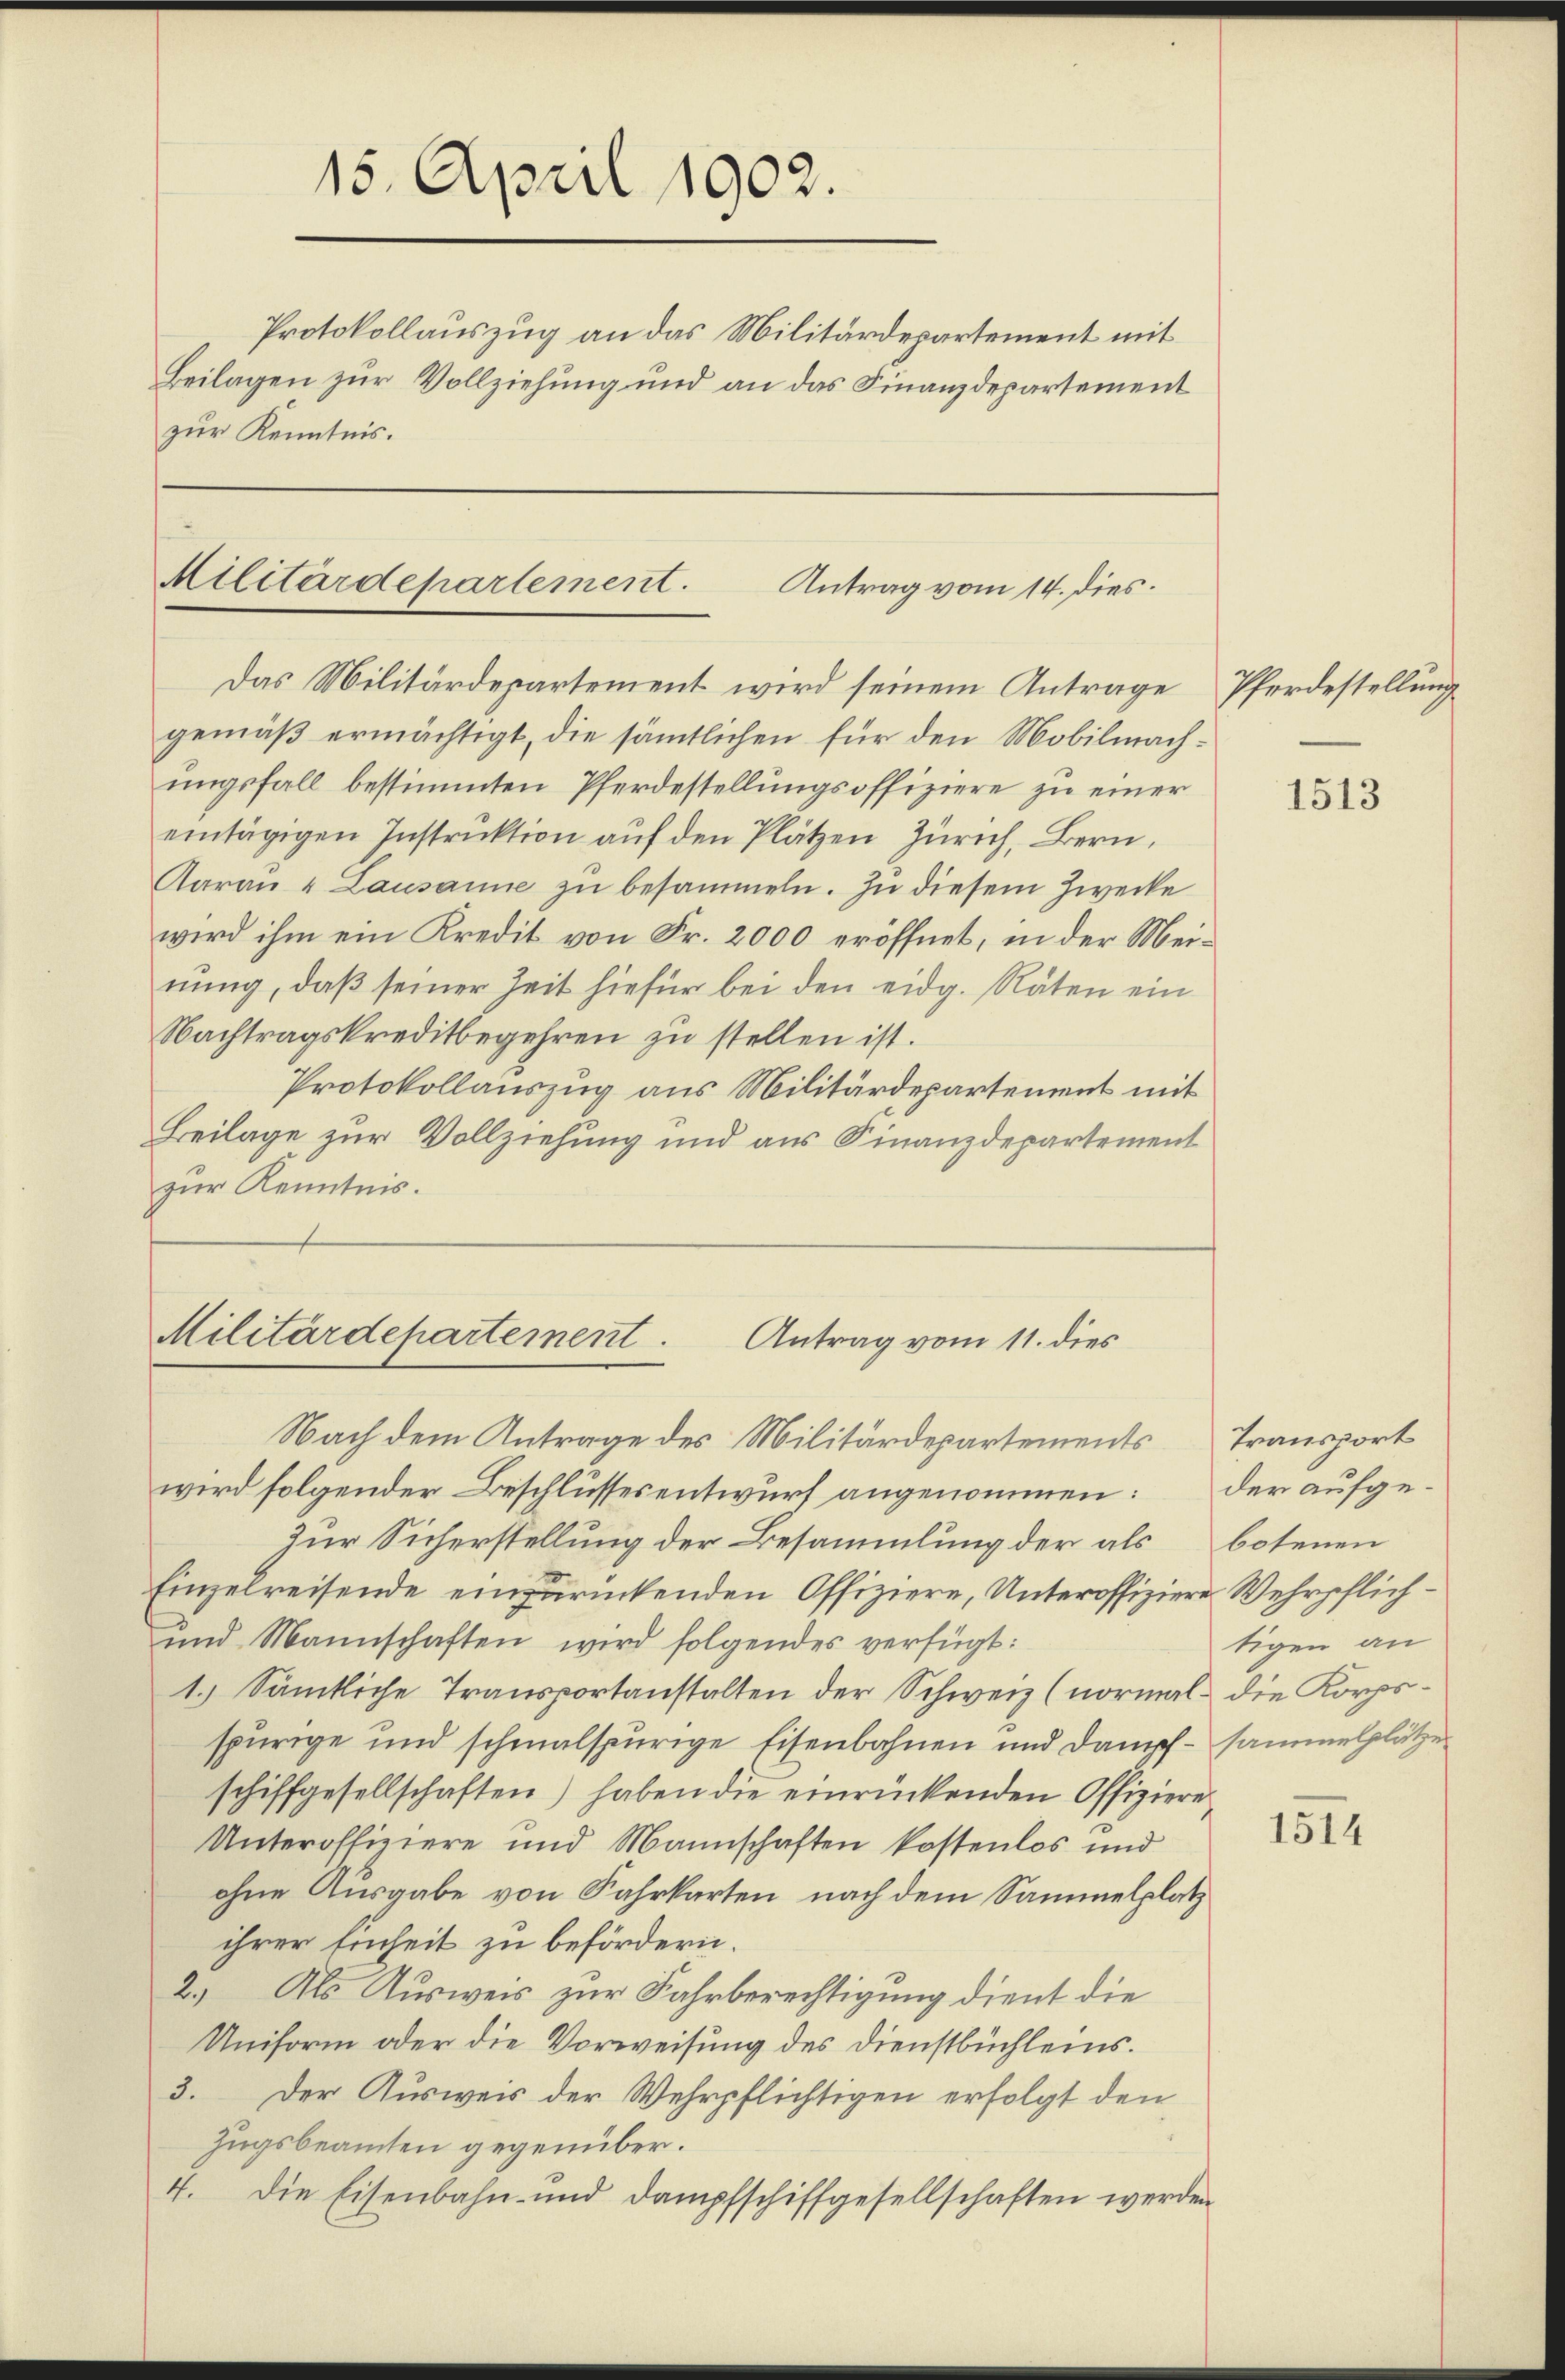
15. April 1902.
Protokollauszug an das Militärdepartement mit
Beilagen zur Vollziehung und an das Finanzdepartement
zur Kenntnis.

Militärdepartement.
Antrag vom 14. dies.
Das Militärdepartement wird seinem Antrage

gemäß ermächtigt, die sämtlichen für den Mobilmachungsfall bestimmten Pferdestellungsoffiziere zu einer
eintägigen Instrŭktion aŭf den Plätzen Zürich, Bern,
Aarau & Lausanne zŭ besammeln. Zu diesem Zwecke
wird ihm ein Kredit von Fr. 2000 eröffnet, in der Meinung, daß seiner Zeit hiefür bei den eidg. Räten ein
Nachtragskreditbegehren zu stellen ist.
Protokollauszug aus Militärdepartement mit
Beilage zur Vollziehung und aus Finanzdepartement
zur Kenntnis.

Militärdepartement
Antrag vom 11. dies

Nach dem Antrage des Militärdepartements
wird folgender Beschlussesentwurf angenommen:
zur Sicherstellung der Besammlung der als
Einzelreisende einzurückenden Offiziere, Unteroffiziere Wehrpflich¬
und Mannschaften wird folgendes verfügt:
1.) Sämtliche Transportanstalten der Schweiz (normal die Korpsspurige und schmalspurige Eisenbahnen und Dampf - sammelplätze
schiffgesellschaften) haben die einrückenden Offiziere
Unteroffiziere und Mannschaften kostenlos und
ohne Ausgabe von Fahrkarten nach dem Sammelplatz
ihrer Einheit zu befördern.
2.) Als Ausweis zur Fahrberechtigung dient die
Uniform oder die Vorweisung des Dienstbüchleins.
3. Der Ausweis der Wehrpflichtigen erfolgt den
Zugsbeamten gegenüber.
4. Die Eisenbahn- und dampfschiffgesellschaften werden

Pferdestellung

1513

Transport
der aufgebotenen
tigen an

1514